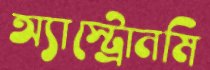
অ্যাস্ট্রোনমি